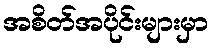
အစိတ်အပိုင်းများမှာ